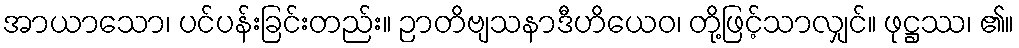
အာယာသော၊ ပင်ပန်းခြင်းတည်း။ ဉာတိဗျသနာဒီဟိယေဝ၊ တို့ဖြင့်သာလျှင်။ ဖုဋ္ဌဿ၊ ၏။